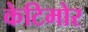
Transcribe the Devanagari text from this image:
केटिमोर